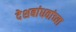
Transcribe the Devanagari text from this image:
देशबांधवांच्या